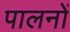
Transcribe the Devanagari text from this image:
पालनों